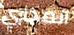
المجاري